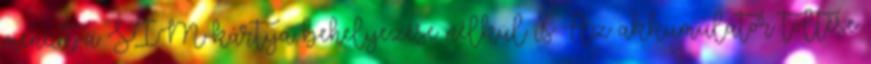
menüit a SIM-kártya behelyezése nélkül is Az akkumulátor töltése